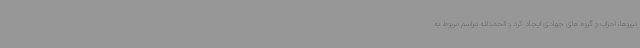
نیروها، احزاب و گروه های جهادی ایجاد کرد و الحمدلله مراسم مربوط به